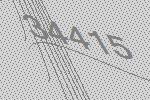
34415